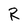
Character: R